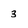
Character: 3